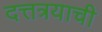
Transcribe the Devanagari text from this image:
दत्तत्रयाची